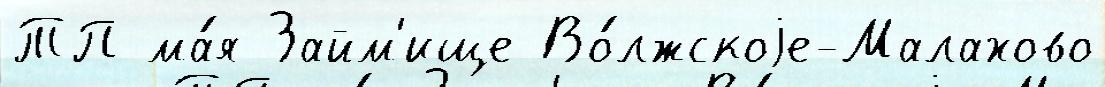
ТП ма́я Займ'ище Во́лжскоjе-Малахово